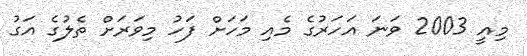
މިއީ 2003 ވަނަ އަހަރުގެ މެއި މަހަށް ފަހު މިވަރަށް ތެލުގެ އަގު